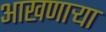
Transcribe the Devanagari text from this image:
आखणार्‍या